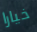
خيارا